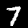
Label: 7